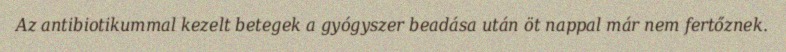
Az antibiotikummal kezelt betegek a gyógyszer beadása után öt nappal már nem fertőznek.